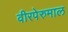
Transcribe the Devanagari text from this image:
वीरपेरुमाल